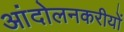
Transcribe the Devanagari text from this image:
आंदोलनकरीयों